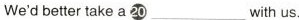
We'd better take a ⑳___with us.